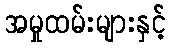
အမှုထမ်းများနှင့်